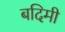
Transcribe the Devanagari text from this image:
बदिमी